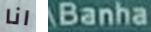
انا Banha